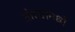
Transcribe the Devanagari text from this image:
तोट्यामध्ये